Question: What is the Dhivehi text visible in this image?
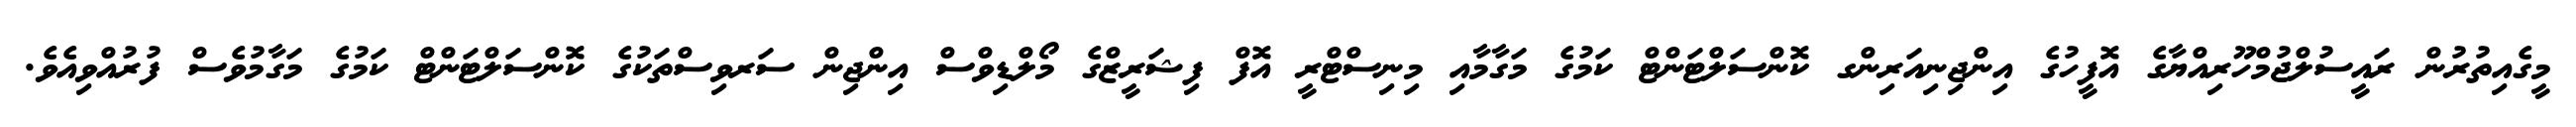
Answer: މީގެއިތުރުން ރައީސުލްޖުމްހޫރިއްޔާގެ އޮފީހުގެ އިންޖިނިއަރިންގ ކޮންސަލްޓަންޓް ކަމުގެ މަގާމާއި މިނިސްޓްރީ އޮފް ފިޝަރީޒްގެ މޯލްޑިވްސް އިންޖިން ސަރވިސްތަކުގެ ކޮންސަލްޓަންޓް ކަމުގެ މަގާމުވެސް ފުރުއްވިއެވެ.